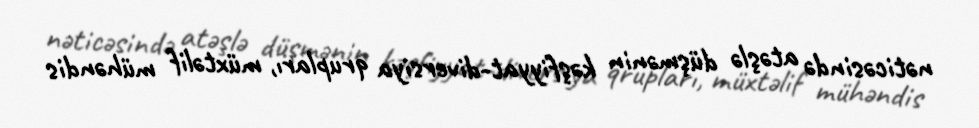
nəticəsində atəşlə düşmənin kəşfiyyat-diversiya qrupları, müxtəlif mühəndis